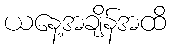
ယနေ့အချိန်အထိ